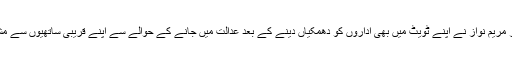
مسلم لیگ ن کی نائب صدر مریم نواز نے اپنے ٹویٹ میں بھی اداروں کو دھمکیاں دینے کے بعد عدالت میں جانے کے حوالے سے اپنے قریبی ساتھیوں سے مشاورت شروع کر دی ہے۔